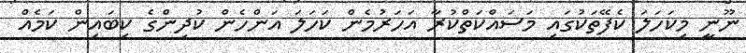
ނޫނީ މިކަހަލަ ކެފޭތަކުގައި މަސައްކަތްކުރާ އަހަރުމެން ކަހަލަ އަންހެން ކުދިންގެ ކިބައިން ކަމެއް